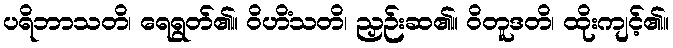
ပရိဘာသတိ၊ ရေရွတ်၏။ ဝိဟိံသတိ၊ ညှဉ်းဆ၏။ ဝိတူဒတိ၊ ထိုးကျင့်၏။